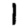
Digit: 1